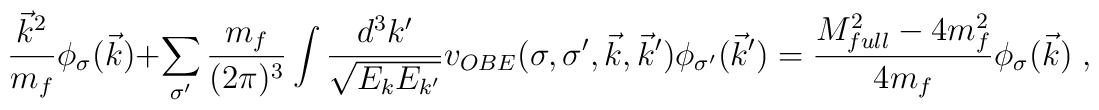
\frac{\vec k^2}{m_f} \phi_\sigma(\vec k) + \sum_{\sigma'}\frac{m_f}{(2 \pi)^3}  \int \frac{d^3k'}{ \sqrt{E_k E_{k'}}}v_{OBE}(\sigma,\sigma',\vec k,\vec k')\phi_{\sigma'}(\vec k')=\frac{M^2_{full}-4m_f^2}{4m_f} \phi_\sigma(\vec{k})\;,